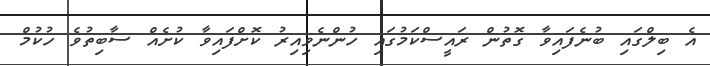
އެ ބިލްގައި ބުނެފައިވާ ގޮތުން ރައީސްކަމުގައި ހުންނެވިއިރު ކޮށްފައިވާ ކުށެއް ސާބިތުވެ ހުކުމް